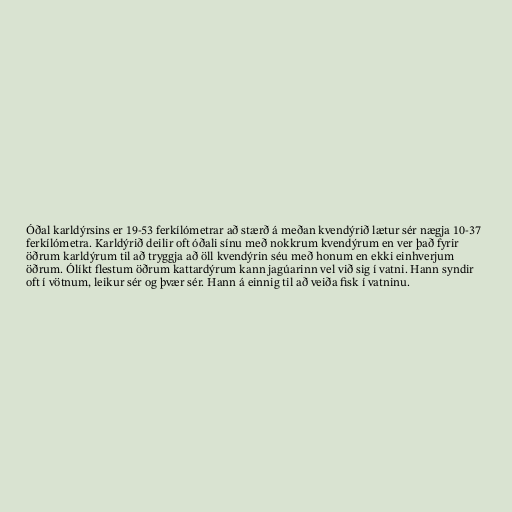
Óðal karldýrsins er 19-53 ferkílómetrar að stærð á meðan kvendýrið lætur sér nægja 10-37
ferkílómetra. Karldýrið deilir oft óðali sínu með nokkrum kvendýrum en ver það fyrir
öðrum karldýrum til að tryggja að öll kvendýrin séu með honum en ekki einhverjum
öðrum. Ólíkt flestum öðrum kattardýrum kann jagúarinn vel við sig í vatni. Hann syndir
oft í vötnum, leikur sér og þvær sér. Hann á einnig til að veiða fisk í vatninu.